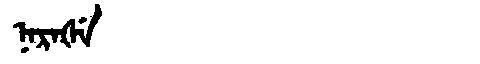
Manchu: ᠨᠠᡵᠠᡧᡝ
Romanization: NARAŠE